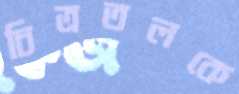
চিত্রতলকে